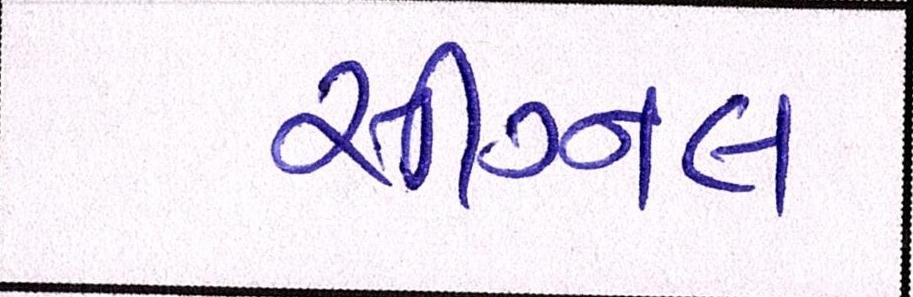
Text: સીગ્નલ